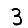
Digit: 3